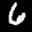
Label: 6